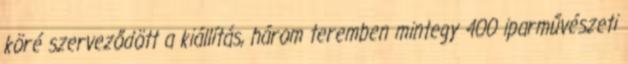
köré szerveződött a kiállítás, három teremben mintegy 400 iparművészeti